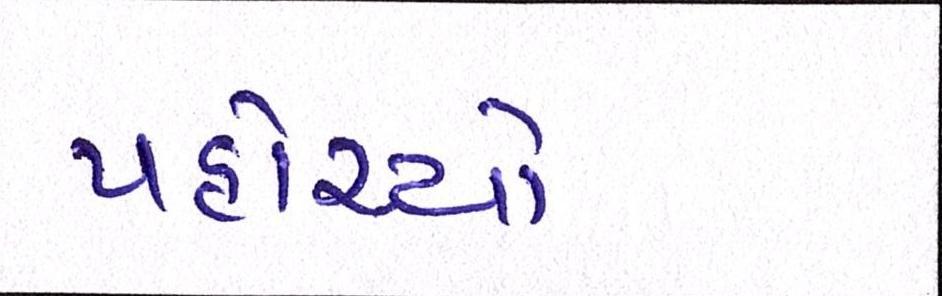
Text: પહોંચ્યો